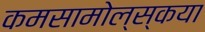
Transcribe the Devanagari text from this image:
कमसामोल्स्कया